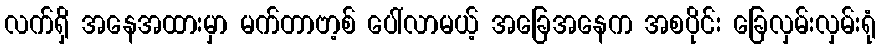
လက်ရှိ အနေအထားမှာ မက်တာဗာ့စ် ပေါ်လာမယ့် အခြေအနေက အစပိုင်း ခြေလှမ်းလှမ်းရုံ